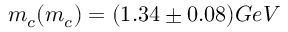
m _ { c } ( m _ { c } ) = ( 1 . 3 4 \pm 0 . 0 8 ) G e V